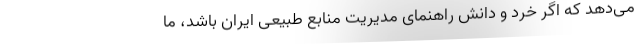
می‌دهد که اگر خرد و دانش راهنمای مدیریت منابع طبیعی ایران باشد، ما